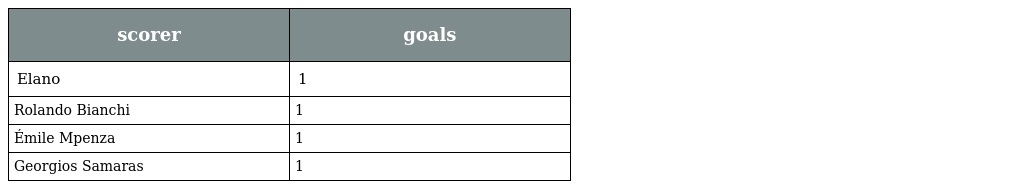
| scorer | goals |
 | --- | --- |
 | Elano | 1 |
 | Rolando Bianchi | 1 |
 | Émile Mpenza | 1 |
 | Georgios Samaras | 1 |